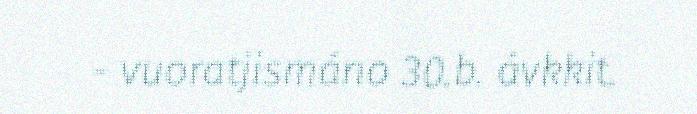
- vuoratjismáno 30.b. ávkkit.